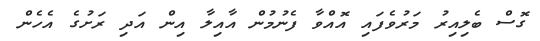
ގޮސް ބެލިއިރު މަރުވެފައި އޮއްވާ ފެނުމުން އާއިލާ އިން އަދި ރަށުގެ އެހެން